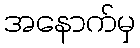
အနောက်မှ